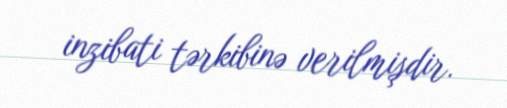
inzibati tərkibinə verilmişdir.